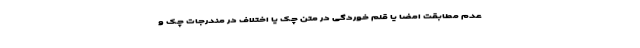
عدم مطابقت امضا یا قلم خوردگی در متن چک یا اختلاف در مندرجات چک و